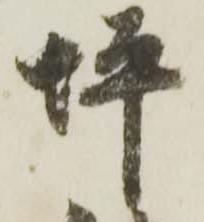
坪